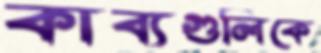
কাব্যগুলিকে